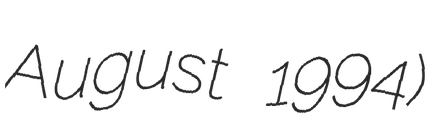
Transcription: August 1994)